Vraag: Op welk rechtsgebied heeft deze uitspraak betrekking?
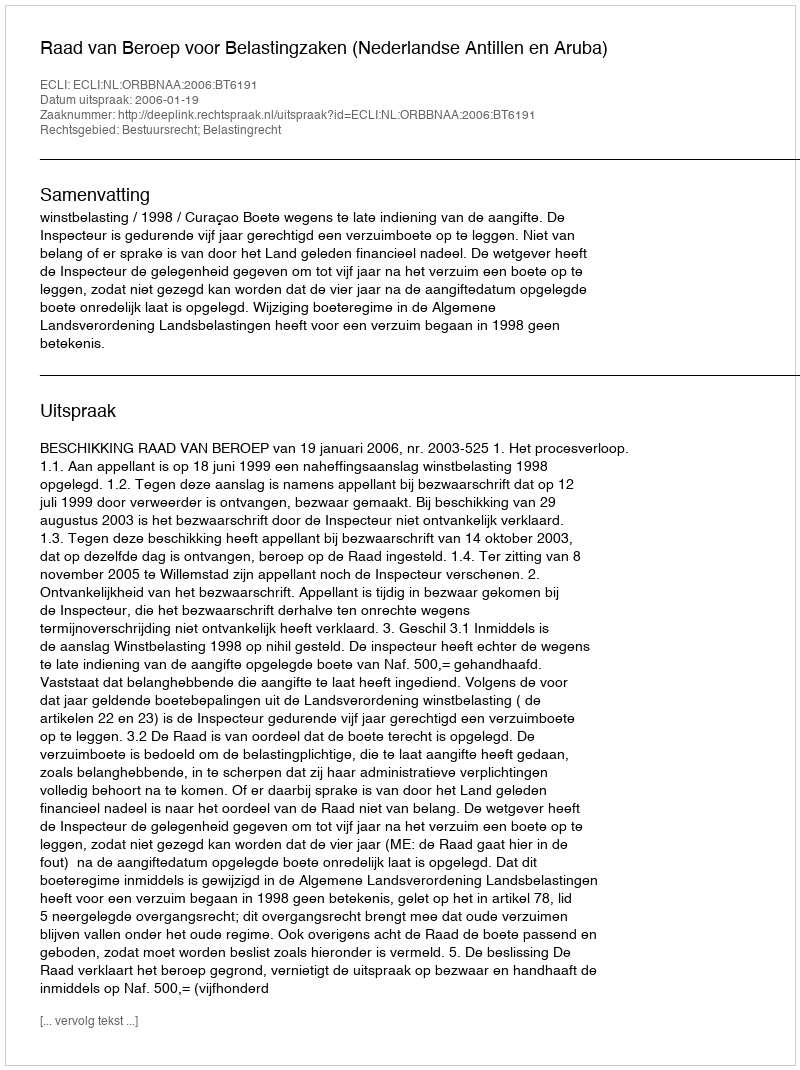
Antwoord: Bestuursrecht; Belastingrecht